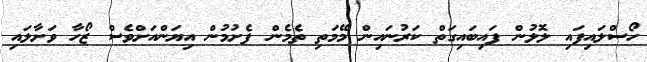
ހޯސްލައިފައި ލޮލުން ފައިބައިގަތް ކަރުނައިން މޭމަތި ތެމެން ފެށުމުން އިޔަންއަށްވެސް ޒޯހާ ވަށާލައި